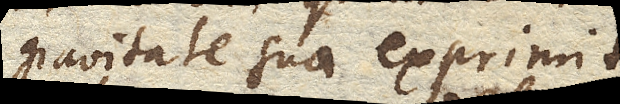
gravitate sua exprimit,